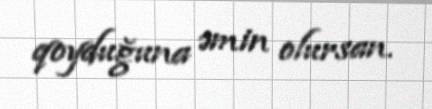
qoyduğuna əmin olursan.